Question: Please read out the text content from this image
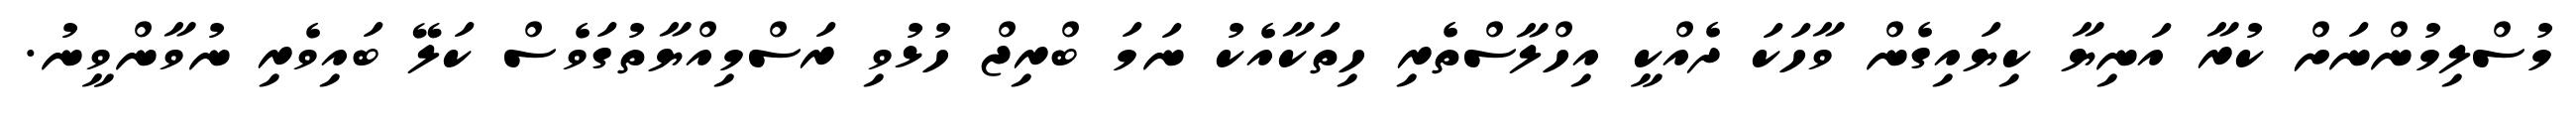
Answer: މުސްލިމުންނަށް ކުރާ އަނިޔާ ކިޔައިގެން ވާހަކަ ދެއްކީ އިހްލާސްތެރި ހިތަކާއެކު ނަމަ ބްރިޖް ހުޅުވި ރަސްމިއްޔާތުގަވެސް ކަލޭ ބައިވެރި ނުވާންވީނު.